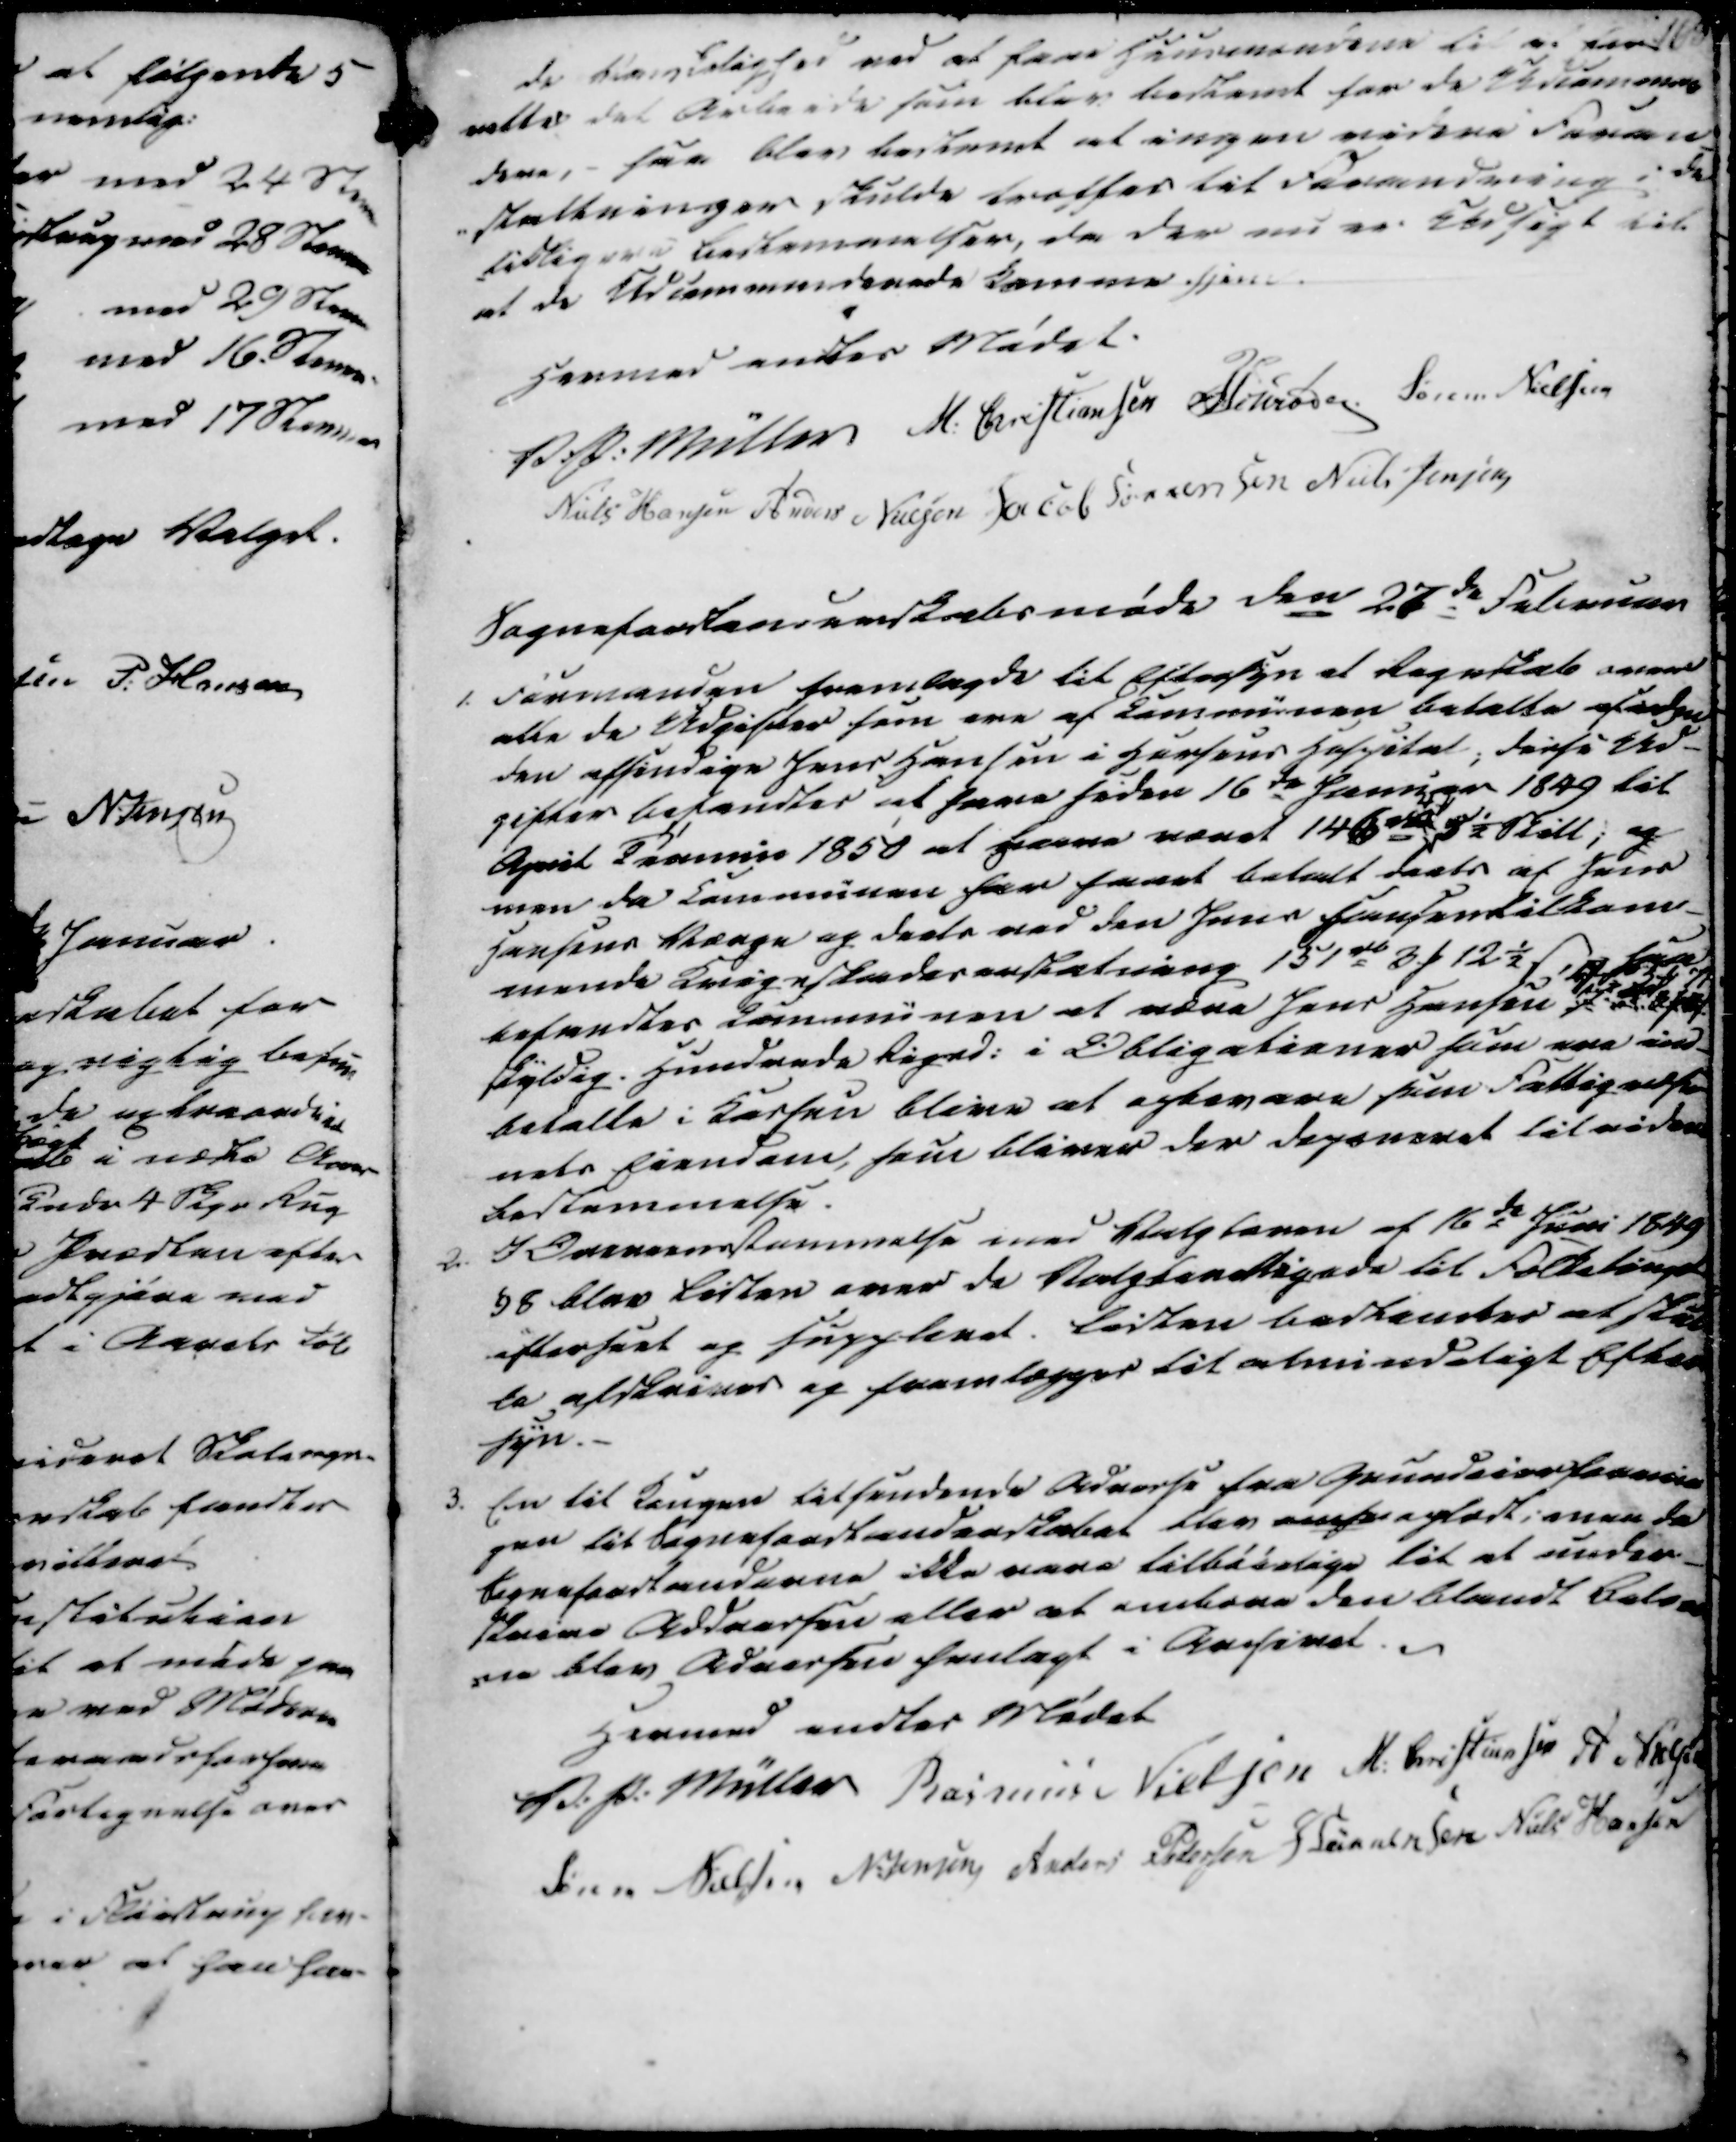
Transskription:
de Vanskelighed ved at faae Huusmændene til at for-
rette det Arbeide som blev bestemt for de Udcomman
dere, - saa blev bestemt at ingen videre Foran-
-staltninger skulde træffes til Forandring i de
tidligere Bestemmelser, da der nu er Udsigt til
at de Udcommanderede komme hjem

Hermed endtes Mødet.
V. P. Müller
M. Christiansen
Heuøden
Søren Nielsen
Niels Hansen
Anders Nielsen
Jacob Sørensen
Niels Jensen

Sogneforstanderskabsmøde den 27de Februar
1 Formanden fremlagde til Eftersyn et Regnskab over
alle de Udgifter som ere af Communen betalte af 
den afsindige Jens Hansen i Horsens Hospital; disse Ud-
gifter befandtes at have siden 16de Januar 1849 til
April Termin 1850 at have været 146 rd
4 ₻
5½ Skill; og
men da Communen har faaet betalt deels af Jens
Hansens Værge og deels ved den Jens Hansen tilkom-
mende Krigsskadeserstatning 151 rd 3 ₻ 12½ ẞ, saa
befandtes Communen at være Jens Hansen I
5 ₻ 7 ẞ
rest
skyldig. Hundrede Rigsd. i Obligationer som ere ind-
betalte i Kassen blive at opbevare som Fattigvæse-
nets Eiendom, som bliver der deponeret til videre
bestemmelse.
2. I Overensstemmelse med Valgloven af 16de Juni 1849
§8 blev Listen over de Valgberettigede til Folketinget
efterseet og Suppleret. Listen bestemtes at skul
le afskrives og fremlægges til almindeligt Efter
syn.
3. En til Kongen tilsendende Adresse fra Grundeier Forenin
gen til Sogneforstanderskabet blev anse oplæst; men da
Sogneforstanderne ikke vare tilbøielige til at under-
skrive Adressen eller at ombære den blandt Beboe-
rne blev Adressen henlagt i Arsinet.

Hermed endtes Mødet
V. P. Müller
Rasmus Nielsen
M. Christiansen
A. Nielsen
Søren Nielsen
N. Jensen
Anders Pedersen
J Sørensen
Niels Hansen